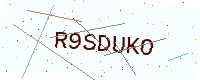
Text: R9SDUKO